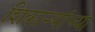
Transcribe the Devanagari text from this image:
शिकाऱ्यांच्या